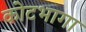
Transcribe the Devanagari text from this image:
कोटभागा